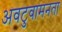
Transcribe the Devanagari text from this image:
अवटुवामनता